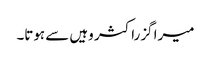
میرا گزراکثر وہیں سے ہوتا۔